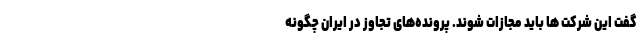
گفت این شرکت ها باید مجازات شوند. پرونده‌های تجاوز در ایران چگونه